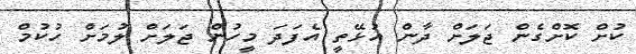
ކުށް ކޮށްގެން ޖަލަށް ދާން އުޅޭތީ އެފަދަ މީހުން ޖަލަށް ލުމަށް ހުކުމް